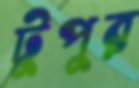
টুপুর